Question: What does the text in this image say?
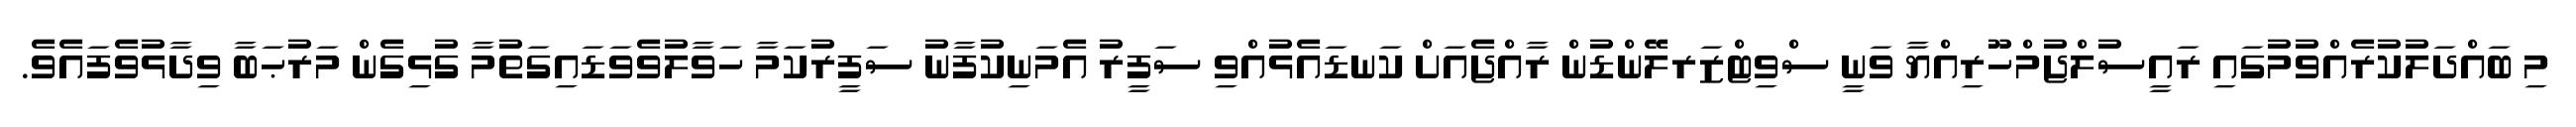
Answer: މި ބައްދަލުކުރެއްވުމުގައި ރައީސުލްޖުމްހޫރިއްޔާ ވަނީ ސްވިޓްޒަރލޭންޑުން ރާއްޖެއަށް ކަނޑައެޅުއްވި ސަފީރު އެމަނިކުފާނު ސަފީރުކަމާ ހަވާލުވެވަޑައިގަތުމާ ގުޅިގެން މަރުޙަބާ ވިދާޅުވެފައެވެ.